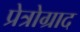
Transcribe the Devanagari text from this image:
प्रेत्रोग्राद